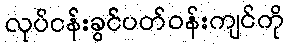
လုပ်ငန်းခွင်ပတ်ဝန်းကျင်ကို